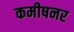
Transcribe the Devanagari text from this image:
कमीषनर